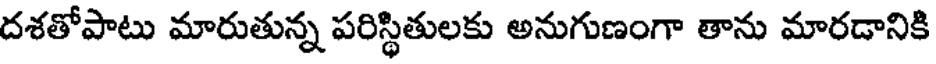
దశతోపాటు మారుతున్న పరిస్థితులకు అనుగుణంగా తాను మారడానికి